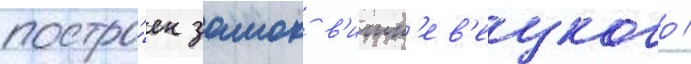
постро́ен замок в'ишн'ев'ецкого /